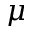
\mu